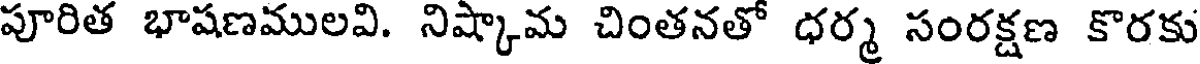
పూరిత భాషణములవి. నిష్కామ చింతనతో ధర్మ సంరక్షణ కొరకు